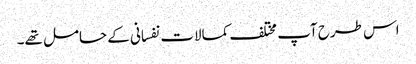
اس طرح آپ مختلف کمالات نفسانی کے حامل تھے۔